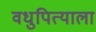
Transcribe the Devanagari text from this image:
वधुपित्याला